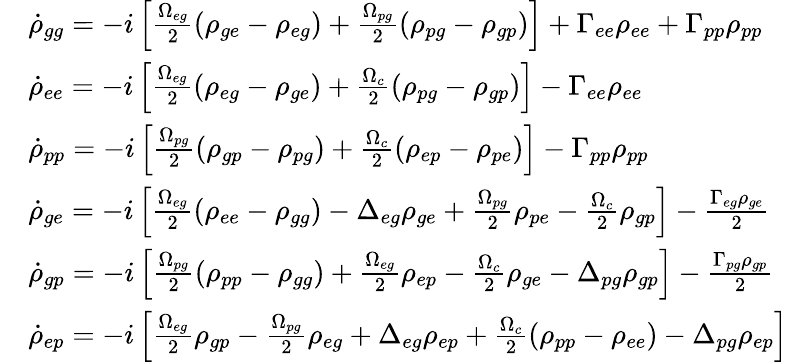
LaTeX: \begin{array}{rl}&{\dot{\rho}_{gg}=-i\left[\frac{\Omega_{eg}}{2}\left(\rho_{ge}-\rho_{eg}\right)+\frac{\Omega_{pg}}{2}\left(\rho_{pg}-\rho_{gp}\right)\right]+\Gamma_{ee}\rho_{ee}+\Gamma_{pp}\rho_{pp}}\\ &{\dot{\rho}_{ee}=-i\left[\frac{\Omega_{eg}}{2}\left(\rho_{eg}-\rho_{ge}\right)+\frac{\Omega_{c}}{2}\left(\rho_{pg}-\rho_{gp}\right)\right]-\Gamma_{ee}\rho_{ee}}\\ &{\dot{\rho}_{pp}=-i\left[\frac{\Omega_{pg}}{2}\left(\rho_{gp}-\rho_{pg}\right)+\frac{\Omega_{c}}{2}\left(\rho_{ep}-\rho_{pe}\right)\right]-\Gamma_{pp}\rho_{pp}}\\ &{\dot{\rho}_{ge}=-i\left[\frac{\Omega_{eg}}{2}(\rho_{ee}-\rho_{gg})-\Delta_{eg}\rho_{ge}+\frac{\Omega_{pg}}{2}\rho_{pe}-\frac{\Omega_{c}}{2}\rho_{gp}\right]-\frac{\Gamma_{eg}\rho_{ge}}{2}}\\ &{\dot{\rho}_{gp}=-i\left[\frac{\Omega_{pg}}{2}\left(\rho_{pp}-\rho_{gg}\right)+\frac{\Omega_{eg}}{2}\rho_{ep}-\frac{\Omega_{c}}{2}\rho_{ge}-\Delta_{pg}\rho_{gp}\right]-\frac{\Gamma_{pg}\rho_{gp}}{2}}\\ &{\dot{\rho}_{ep}=-i\left[\frac{\Omega_{eg}}{2}\rho_{gp}-\frac{\Omega_{pg}}{2}\rho_{eg}+\Delta_{eg}\rho_{ep}+\frac{\Omega_{c}}{2}\left(\rho_{pp}-\rho_{ee}\right)-\Delta_{pg}\rho_{ep}\right]}\end{array}